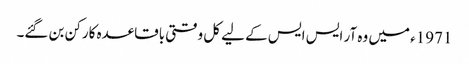
1971ء میں وہ آر ایس ایس کے لیے کل وقتی باقاعدہ کارکن بن گئے۔